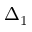
\Delta _ { 1 }